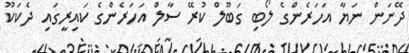
ދޭނަން ނަޔާ އަހަރެންގެ ލޯބި ގަބޫލް ކުރޭ ސާލް އަހަރެންގެ ކައިރީގައި ދެކަކޫ